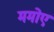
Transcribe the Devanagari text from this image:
ममोए